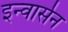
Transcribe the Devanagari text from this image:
इन्वार्सन